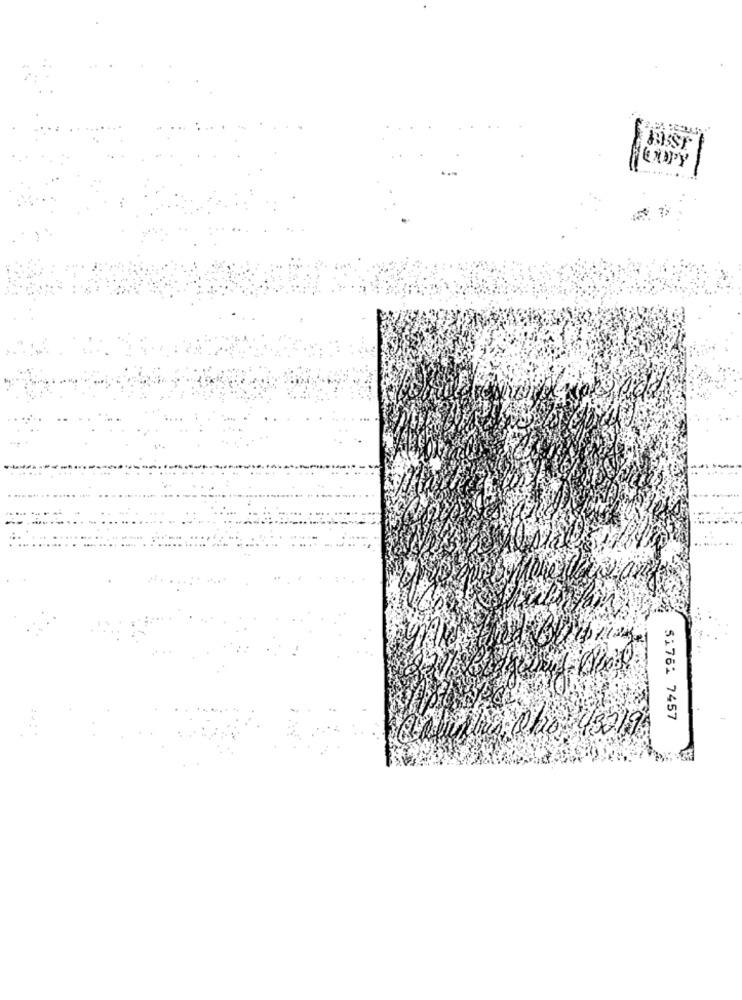
51761 7457